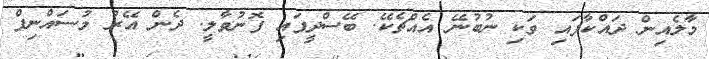
މާލެއިން ދައްކާފައި ވަކި ނުބުނޭ އެއްޗެކޭ. ބޭސްދީފައި ފޮނުވާލީ. ދެން އޭރު މުސައްނިފް